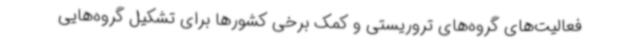
فعالیت‌های گروه‌های تروریستی و کمک برخی کشورها برای تشکیل گروه‌هایی